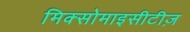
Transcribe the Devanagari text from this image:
मिक्सोमाइसीटीज़